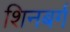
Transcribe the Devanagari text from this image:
शिनबर्ग